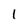
Character: 1